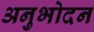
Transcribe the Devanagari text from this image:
अनुभोदन